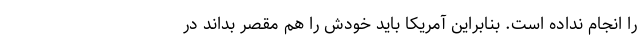
را انجام نداده است. بنابراین آمریکا باید خودش را هم مقصر بداند در